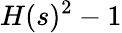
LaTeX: H(s)^{2}-1